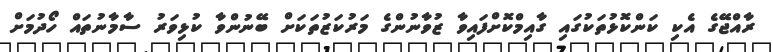
ރާއްޖޭގެ އެކި ކަންކޮޅުތަކުގައި ގާއިމްކޮށްފައިވާ ޒުވާނުންގެ މަރުކަޒުތަކަށް ބޭނުންވާ ކުޅިވަރު ސާމާނުތައް ހޯދުމަށް